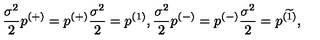
\frac { \sigma ^ { 2 } } 2 p ^ { ( + ) } = p ^ { ( + ) } \frac { \sigma ^ { 2 } } 2 = p ^ { ( 1 ) } , \frac { \sigma ^ { 2 } } 2 p ^ { ( - ) } = p ^ { ( - ) } \frac { \sigma ^ { 2 } } 2 = p ^ { ( \widetilde { 1 } ) } ,